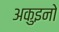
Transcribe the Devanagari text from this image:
अकुइनो